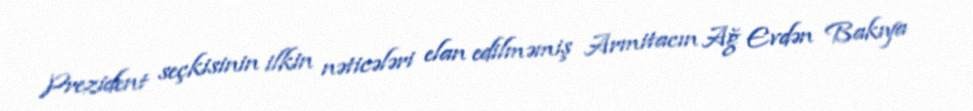
Prezident seçkisinin ilkin nəticələri elan edilməmiş Armitacın Ağ Evdən Bakıya